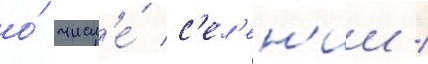
о́ числ'е́ с'ел'ен'ии /